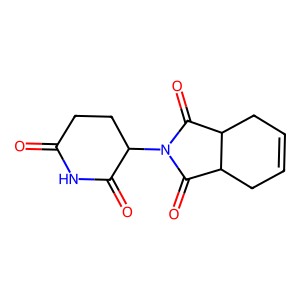
SMILES: O=C1CCC(N2C(=O)C3CC=CCC3C2=O)C(=O)N1
Inhibits HIV replication: No